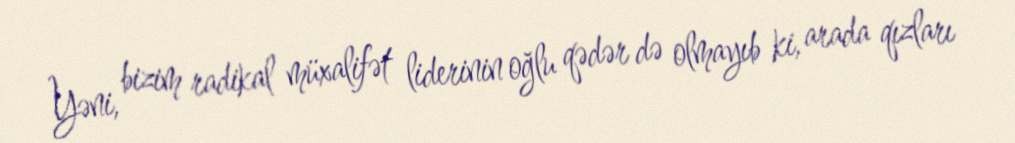
Yəni, bizim radikal müxalifət liderinin oğlu qədər də olmayıb ki, arada qızları